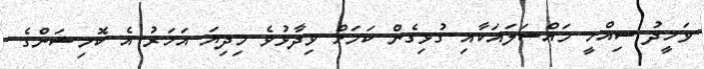
ވަހީދު ސިއްހީ މައްސަލައަކާއި ގުޅިގެން ކަމަށް ވިދާޅުވެ މިދިޔަ އަހަރު އެ ކޮމިޝަންގެ